Indian journal of veterinary science and animal husbandry - Volume 3,
Year: 1933
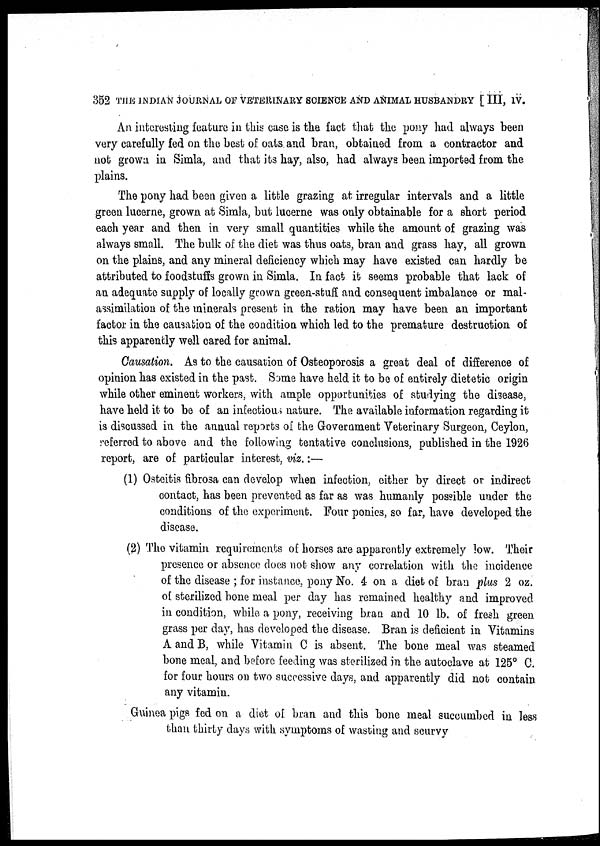
352 THE INDIAN JOURNAL OF VETERINARY SCIENCE AND ANIMAL HUSBANDRY [III, IV.
An interesting feature in this case is the fact that the pony had always been
very carefully fed on the best of oats and bran, obtained from a contractor and
not grown in Simla, and that its hay, also, had always been imported from the
plains.
The pony had been given a little grazing at irregular intervals and a little
green lucerne, grown at Simla, but lucerne was only obtainable for a short period
each year and then in very small quantities while the amount of grazing was
always small. The bulk of the diet was thus oats, bran and grass hay, all grown
on the plains, and any mineral deficiency which may have existed can hardly be
attributed to foodstuffs grown in Simla. In fact it seems probable that lack of
an adequate supply of locally grown green-stuff and consequent imbalance or mal¬
assimilation of the minerals present in the ration may have been an important
factor in the causation of the condition which led to the premature destruction of
this apparently well cared for animal.
Causation. As to the causation of Osteoporosis a great deal of difference of
opinion has existed in the past. Some have held it to be of entirely dietetic origin
while other eminent workers, with ample opportunities of studying the disease,
have held it to be of an infectious nature. The available information regarding it
is discussed in the annual reports of the Government "Veterinary Surgeon, Ceylon,
referred to above and the following tentative conclusions, published in the 1926
report, are of particular interest, viz.:—
(1) Osteitis fibrosa can develop when infection, either by direct or indirect
contact, has been prevented as far as was humanly possible under the
conditions of the experiment. Four ponies, so far, have developed the
disease.
(2) The vitamin requirements of horses are apparently extremely low. Their
presence or absence does not show any correlation with the incidence
of the disease ; for instance, pony No. 4- on a diet of bran plus 2 oz.
of sterilized bone meal per day has remained healthy and improved
in condition, while a pony, receiving bran and 10 lb. of fresh green
grass per day, has developed the disease. Bran is deficient in Vitamins
A and B, while Vitamin C is absent. The bone meal was steamed
bone meal, and before feeding was sterilized in the autoclave at 125° C.
for four hours on two successive days, and apparently did not contain
any vitamin.
Guinea pigs fed on a diet of bran and this bone meal succumbed in less
than thirty days with symptoms of wasting and scurvy